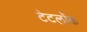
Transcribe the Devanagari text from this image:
टेटलॉक